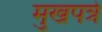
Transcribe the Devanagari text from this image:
मुखपत्रे